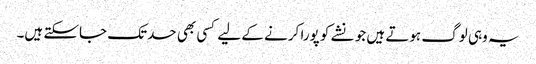
یہ وہی لوگ ہوتے ہیں جو نشے کو پورا کرنے کے لیے کسی بھی حدتک جاسکتے ہیں۔